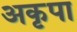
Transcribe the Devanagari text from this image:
अकृपा